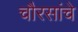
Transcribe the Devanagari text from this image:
चौरसांचे